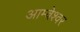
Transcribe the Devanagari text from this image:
आम्बेश्वर